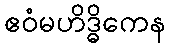
ဧဝံမဟိဒ္ဓိကေန